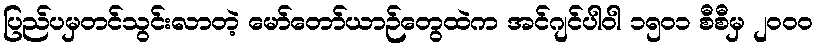
ပြည်ပမှတင်သွင်းလာတဲ့ မော်တော်ယာဉ်တွေထဲက အင်ဂျင်ပါဝါ ၁၅၀၁ စီစီမှ ၂၀၀၀